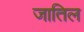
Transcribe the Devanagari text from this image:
जातिल